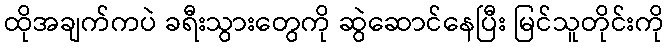
ထိုအချက်ကပဲ ခရီးသွားတွေကို ဆွဲဆောင်နေပြီး မြင်သူတိုင်းကို